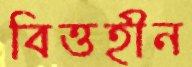
বিত্তহীন